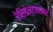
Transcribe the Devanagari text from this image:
रेसिडेन्टबरोबर